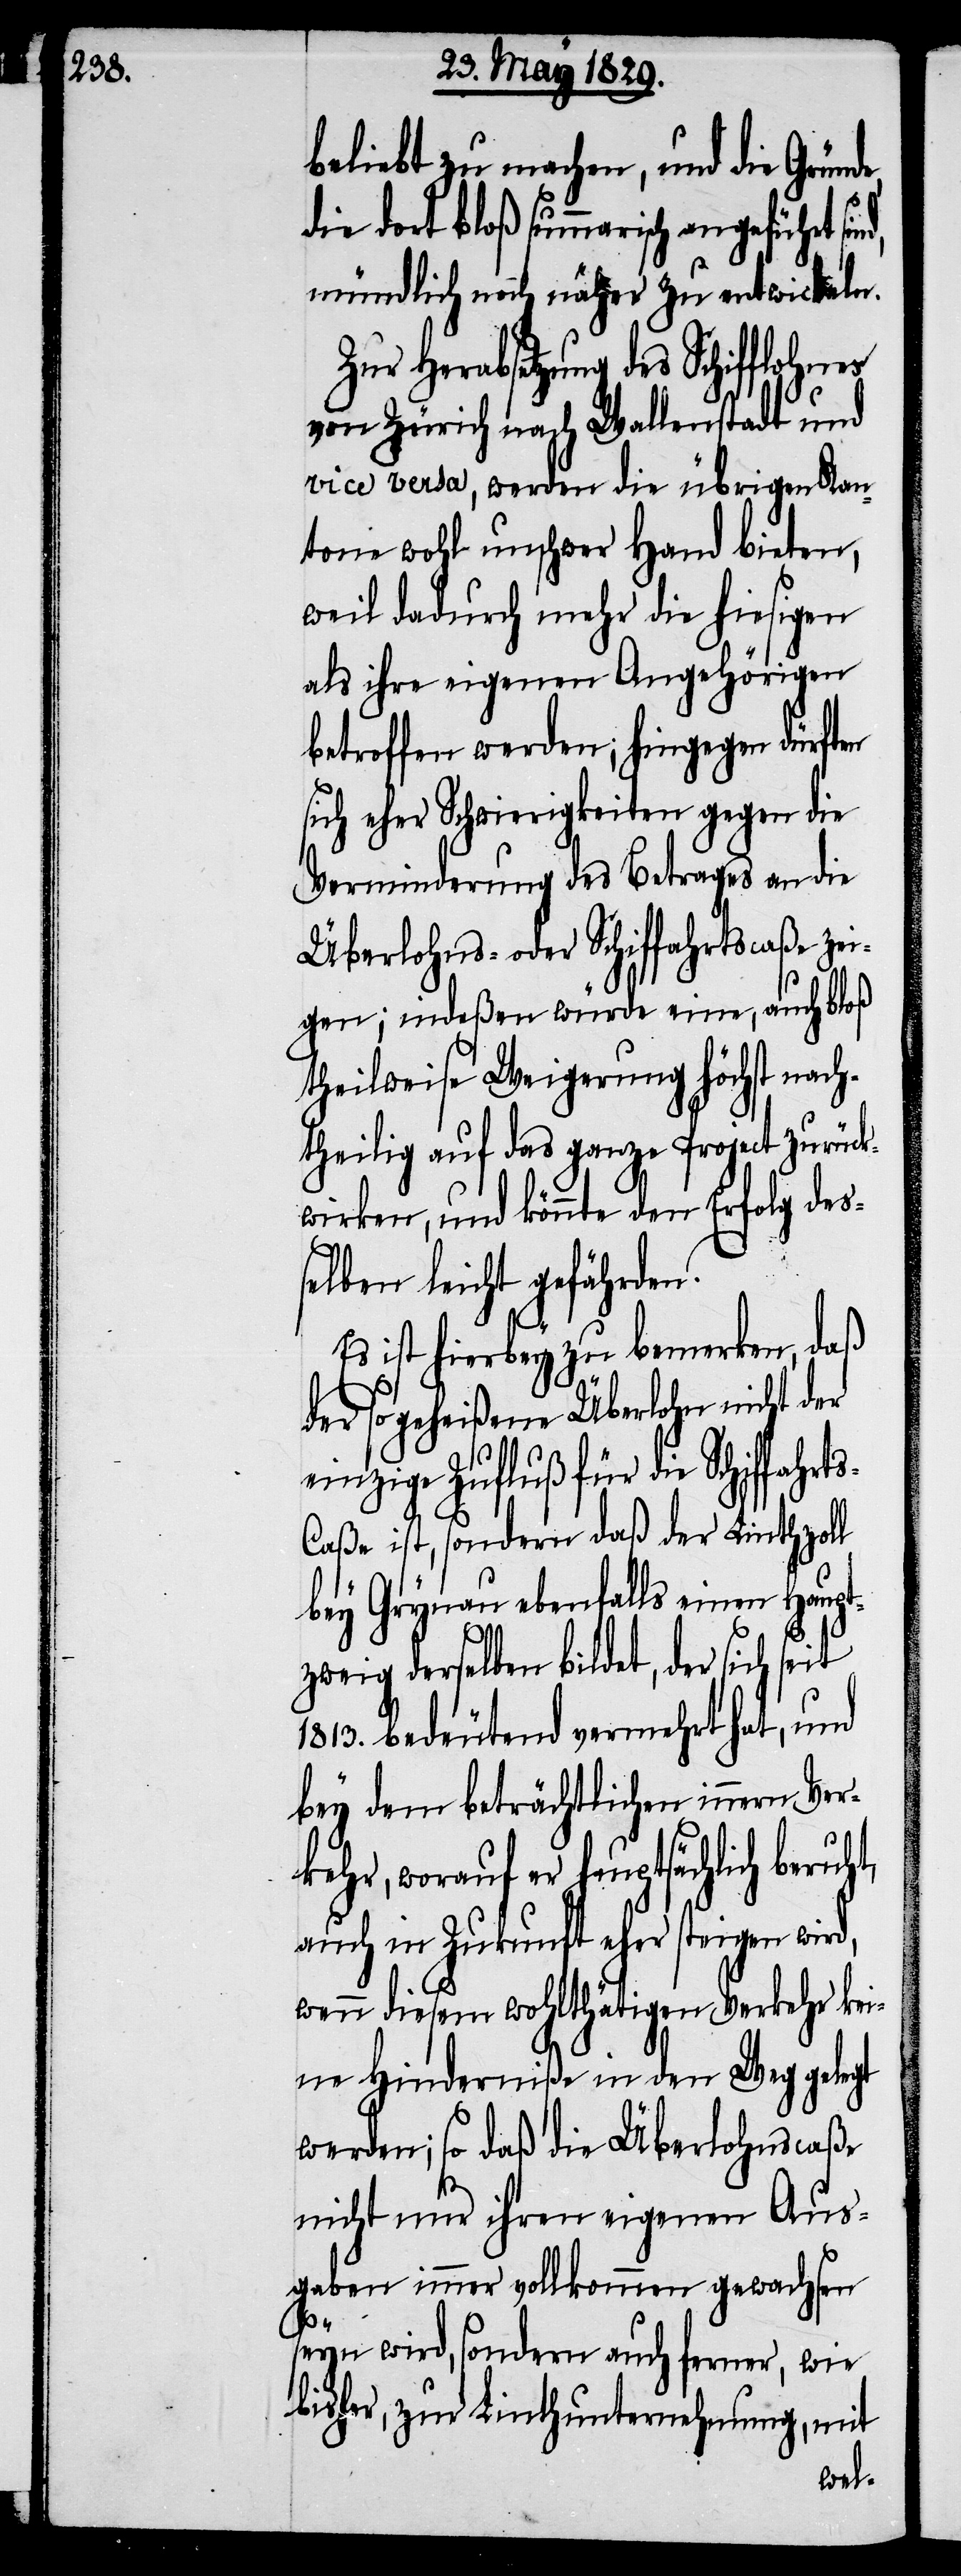
beliebt zu machen, und die Gründe
die dort bloß summarisch angeführt
mündlich noch näher zu entwickeln.
Zur Herabsetzung des
von Zürich nach Wallenstadt und
vice versa, werden die übrigen Kan¬
tone wohl unschwer Hand bieten,
weil dadurch mehr die hiesigen
als ihre eigenen Angehörigen
betroffen werden; hingegen dürften
sich eher Schwierigkeiten gegen die
Verminderung des Betrages an die
Überlohns- oder Schiffahrtscaße ze¬
igen; indeßen würde eine, auch bloß
theilweise Weigerung höchst nach¬
theilig auf das ganze Project zurück¬
wirken, und könnte den Erfolg des¬
selben leicht gefährden.
Es ist hierbey zu bemerken, daß
der so geheißene Überlohn nicht der
einzige Zufluß für die Schiffahrt¬
s-Caße ist, sondern daß der Linthzoll
bey Grynau ebenfalls einen Haupt¬
zweig derselben bildet, der sich seit
1813. bedeutend vermehrt hat, und
bey dem beträchtlichen innern Ver¬
kehr, worauf er hauptsächlich beruh¬
auch in Zukunft eher steigen wird,
wenn diesem wohlthätigen Verkehr kei¬
ne Hinderniße in de Weg gelegt
werden; so daß die Überlohnscaße
nicht nur ihren eigenen Aus¬
gaben immer vollkommen gewachsen
t,
seyn wird, sondern auch ferner, wie
bisher, zur Linthunternehmung, mit